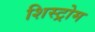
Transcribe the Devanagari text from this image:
शिस्ट्रोम